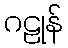
ဂဠုန်